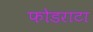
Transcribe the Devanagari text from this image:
फोडराटा